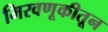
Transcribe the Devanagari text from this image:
मिरवणूकीतून